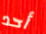
أحد